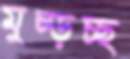
মুচ্‌ড়চ্ছ